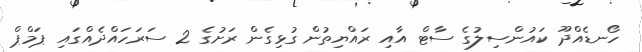
ހޯނޑެއްދޫ ކައުންސިލުގެ ސާޓް އާއި ރައްޔިތުން ގުޅިގެން ރަށުގެ 2 ސަރަހައްދެއްގައި ޕަމްޕް